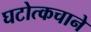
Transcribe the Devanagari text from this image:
घटोत्कचाने